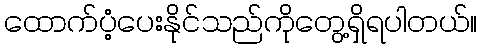
ထောက်ပံ့ပေးနိုင်သည်ကိုတွေ့ရှိရပါတယ်။